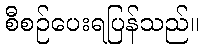
စီစဉ်ပေးရပြန်သည်။